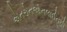
એનરોનઓનલાઈનની